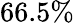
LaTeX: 66.5\%